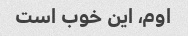
اوم، این خوب است